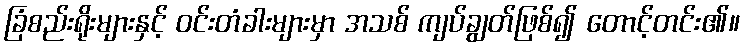
ခြံစည်းရိုးများနှင့် ဝင်းတံခါးများမှာ အသစ် ကျပ်ချွတ်ဖြစ်၍ တောင့်တင်း၏။